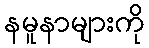
နမူနာများကို